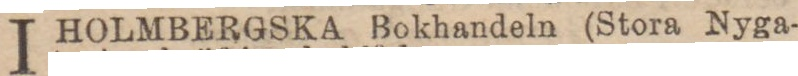
I HOLMBERGSKA Bokhandeln (Stora Nyga-